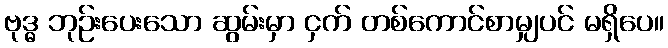
ဗုဒ္ဓ ဘုဉ်းပေးသော ဆွမ်းမှာ ငှက် တစ်ကောင်စာမျှပင် မရှိပေ။